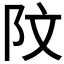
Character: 𫔻